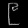
Digit: ၉